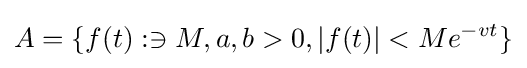
A=\{f(t):\ni M,a,b>0,|f(t)|<Me^{-vt}\}